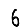
Digit: 6